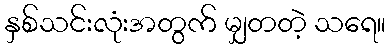
နှစ်သင်းလုံးအတွက် မျှတတဲ့ သရေ။